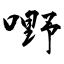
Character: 嘢